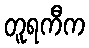
တူရကီက